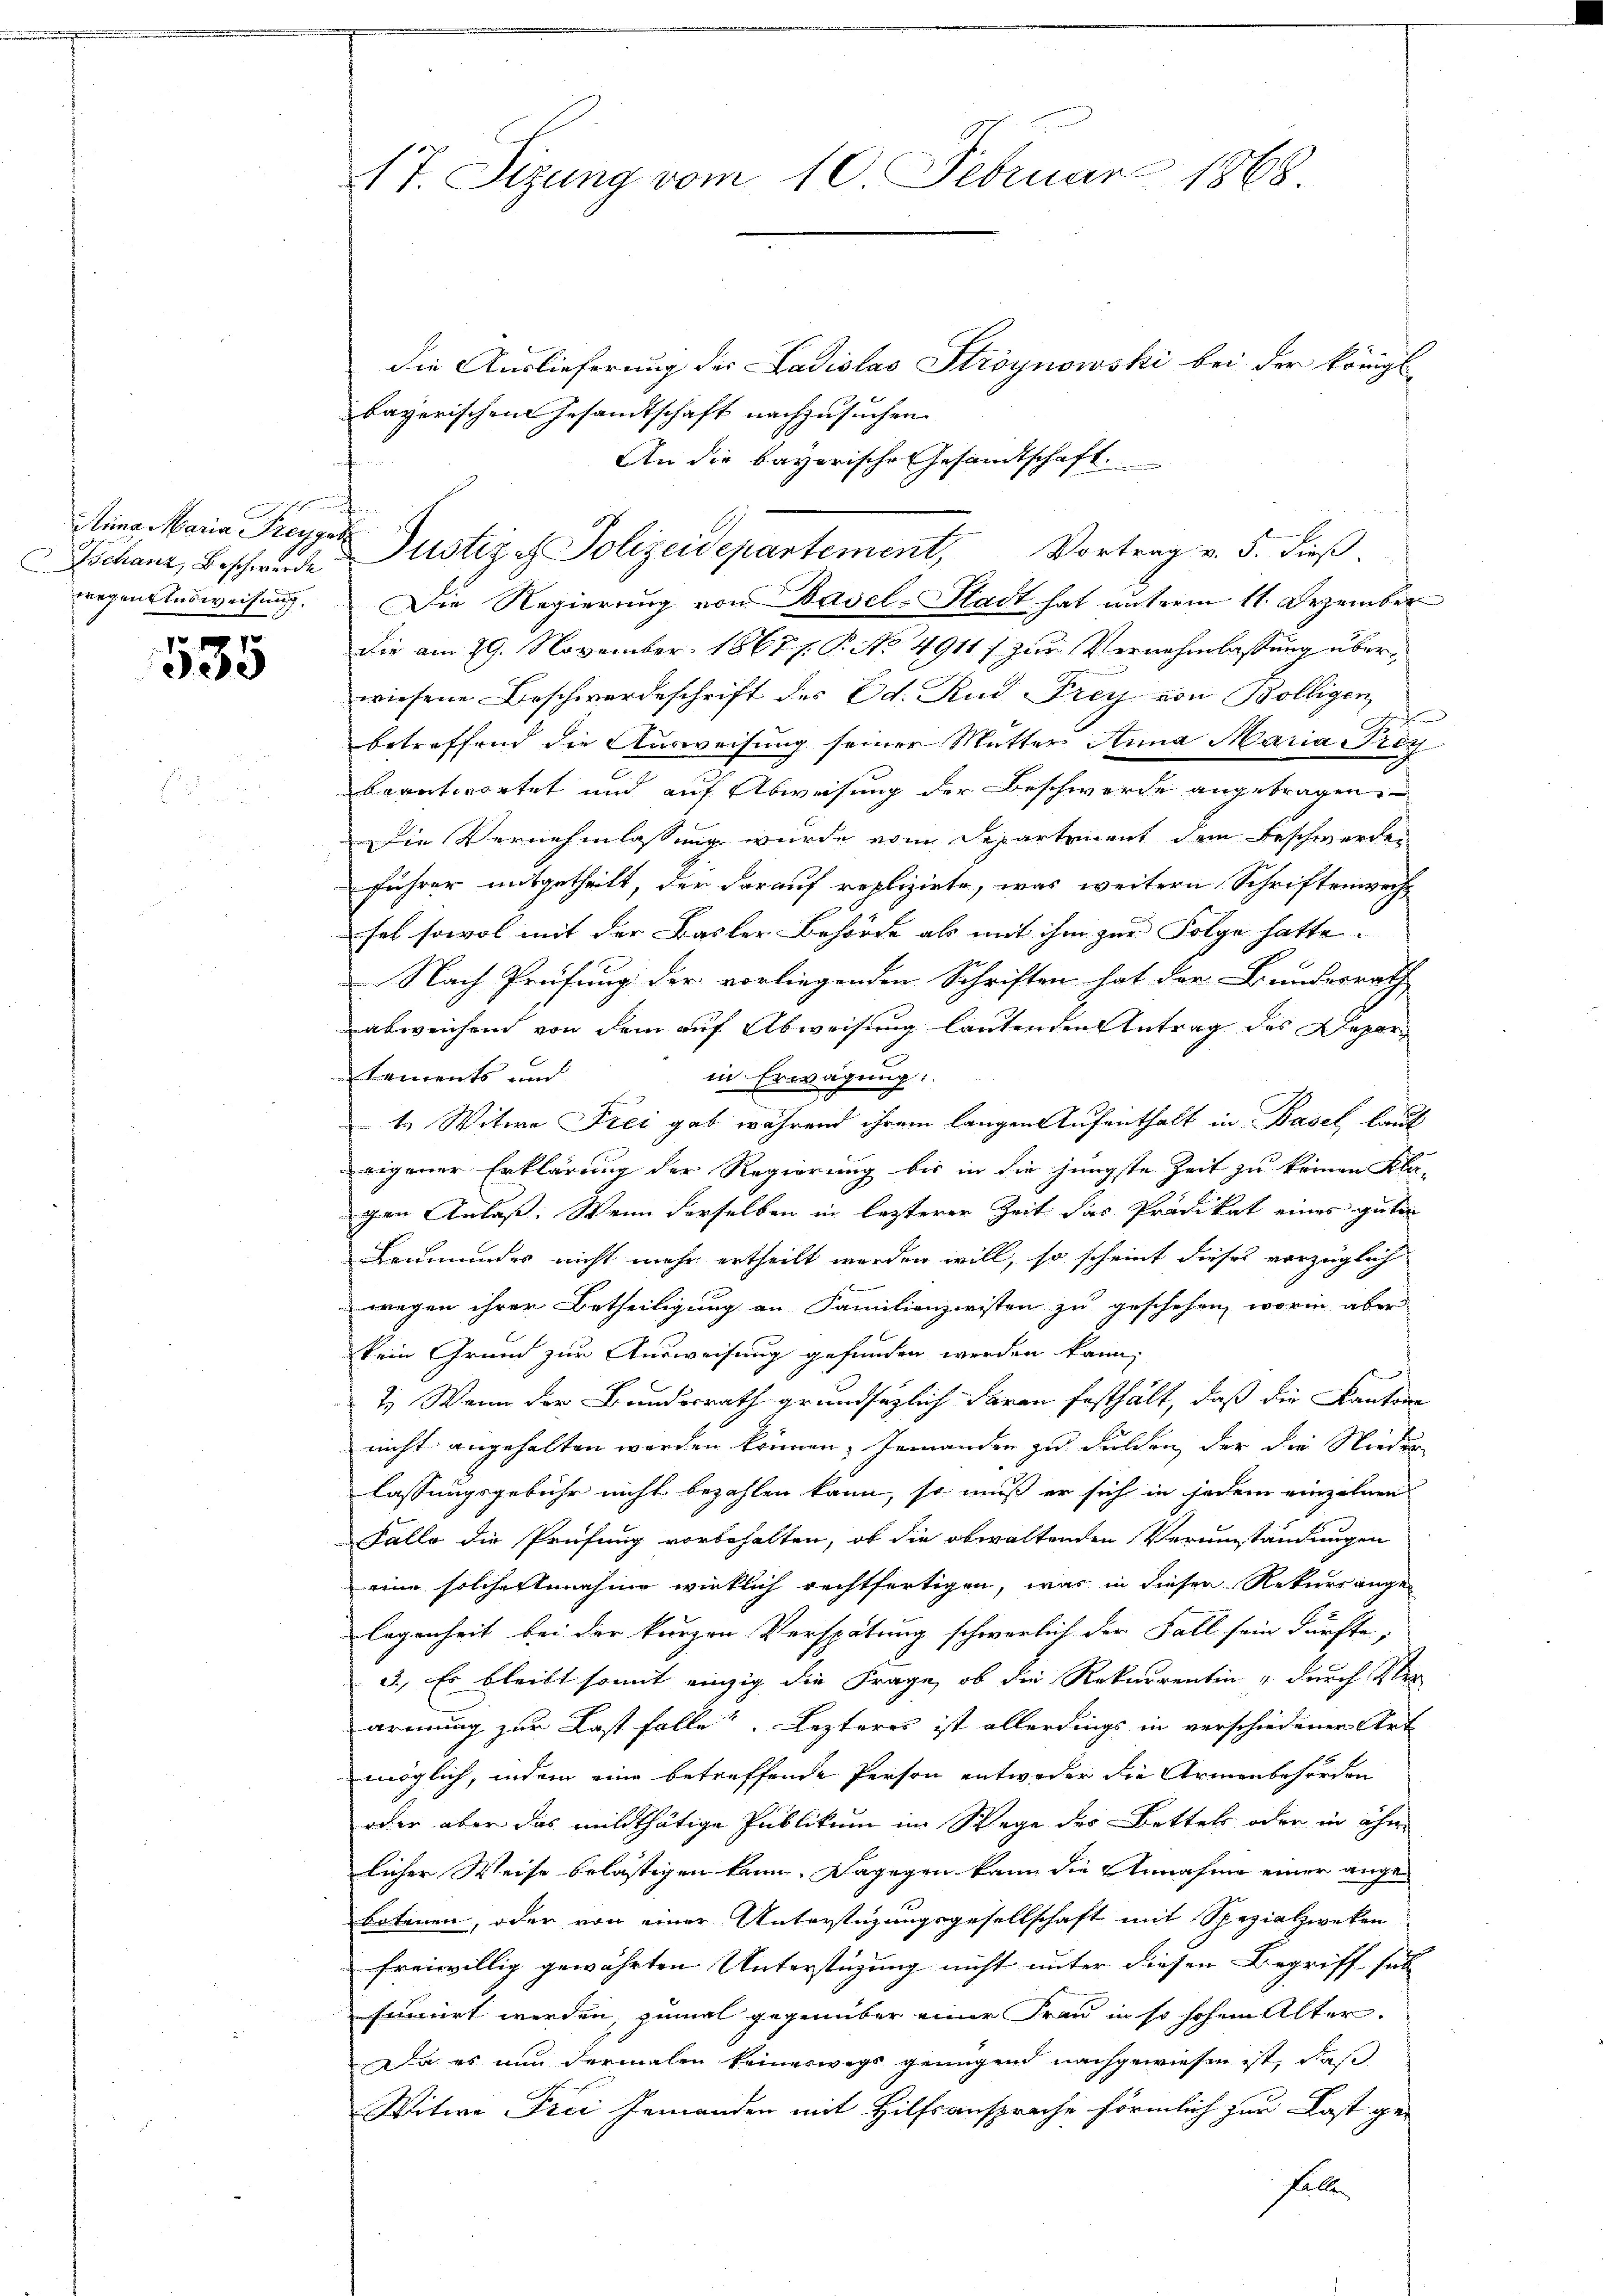
Jöchanz, Beschwerde
wegen Ausweisung.

535

i

17. Sizung vom 10. Februar 1868

die Auslieferung des Ladislas Stroynowski bei der königl
bayerischen Gesandtschaft nachzusuchen.
An die bayerische Gesandtschaft.
Die Regierung von Basel-Stadt hat unterm 11. Dezember
Die am 29. November 1867. P. No 4911/ zur Vernehmlassung überwiesene Beschwerdeschrift des Ed. Rud. Frey von Bölligen
betreffend die Ausweisung seiner Mutter Anna Maria Prey
beantwortet und auf Abweisung der Beschwerde angetragen
Die Vernehmlassung wurde vom Departement dem Beschwerden
Führer mitgetheilt, der darauf replizirte, was weitern Schriftenwechs
hal sowol mit der Basler Behörde als mit ihm zur Folge hatte.
Nach Prüfung der vorliegenden Schriften hat der Bundesrath
abweichend von dem auf Abweisung lautenden Antrag des Depar
E
E
in Erwägung:
tements und
1
1. Witwe Frei gab während ihrem langen Aufenthalt in Basel laut
eigener Erklärung der Regierung bis in die jüngste Zeit zu keinen Kla-
gen Anlaß. Wenn derselben in letzterer Zeit das Prädikat eines guten
Leumundes nicht mehr ertheilt werden will, so scheint dieses vorzüglich
wegen ihrer Betheiligung an Familienzeristen zu geschehen, worin aber
kein Grund zur Ausweisung gefunden werden kann,
7.) Wenn der Bundesrath grundsätzlich daran festhält, daß die Kanton
nicht angehalten werden können, Jemanden zu dulden, der die Nieder
lassungsgebühr nicht bezahlen kann, so muß er sich in jedem einzelnen
Falle die Prüfung vorbehalten, ob die obwaltenden Verumständungen
eine solchestenahme wirklich rechtfertigen, was in dieser Rekurrange
legenheit bei der kurzen Verspätung schwerlich der Fall sein dürfte,
3.) Es bleibt somit einzig die Frage, ob die Rekurrentin & durch Ver-
armung zur Last folle? Lezteres ist allerdings in verschiedener Art
 x
möglich, indem eine betreffende Person entweder die Armenbehörden
oder aber das mildthätige Publikum im Wege des Bettels oder in ihn
licher Weise belästigen kann. Dagegen kann die Annahme einer angebotenen, oder von einer Unterstüzungsgesellschaft mit Spezialzweken
freiwillig gewährten Unterstüzung nicht unter diesen Begriff sel
finirt werden, zumal gegenüber einer Frau in so hohem Alter.
Da es nun dermalen keineswegs genügend nachgewiesen ist, daß
Witwe Frei Jemanden mit Hilfsansprache förmlich zur Last ge-
Falle

tingekann Freyger Justiz & Polizeidepartement, Vortrag v. 5. dieß.